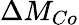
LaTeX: \Delta M_{Co}